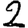
Digit: 2